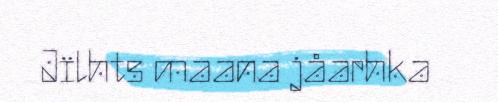
Jïlhts maana jåarhka